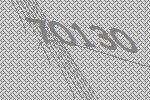
70130